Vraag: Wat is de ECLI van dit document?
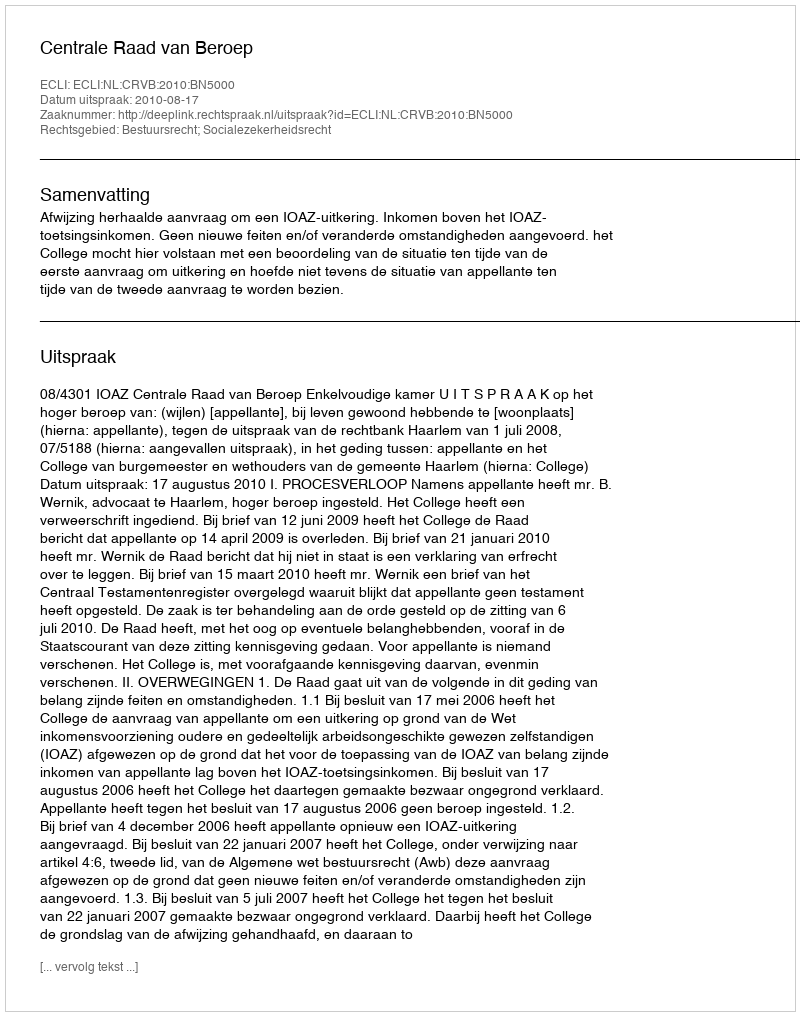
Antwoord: ECLI:NL:CRVB:2010:BN5000